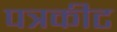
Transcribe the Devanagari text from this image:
पत्रकीट